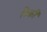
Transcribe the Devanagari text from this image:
फ़िक्री